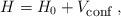
LaTeX: \begin{align*}H = H_0 + V_{\mbox{\footnotesize conf}} \; ,\end{align*}